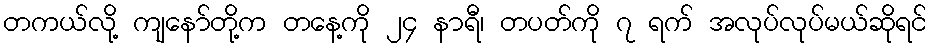
တကယ်လို့ ကျနော်တို့က တနေ့ကို ၂၄ နာရီ၊ တပတ်ကို ၇ ရက် အလုပ်လုပ်မယ်ဆိုရင်